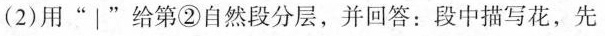
（2）用”|”给第②自然段分层，并回答：段中描写花，先